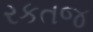
રકતજ